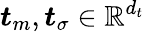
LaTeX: \boldsymbol{t}_{m},\boldsymbol{t}_{\sigma}\in\mathbb{R}^{d_{t}}